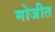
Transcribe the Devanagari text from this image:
मोजीत